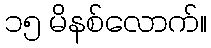
၁၅ မိနစ်လောက်။